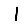
Digit: 1